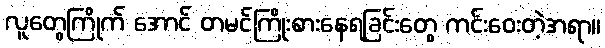
လူတွေကြိုက် အောင် တမင်ကြိုးစားနေရခြင်းတွေ ကင်းဝေးတဲ့အရာ။